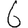
Digit: 6